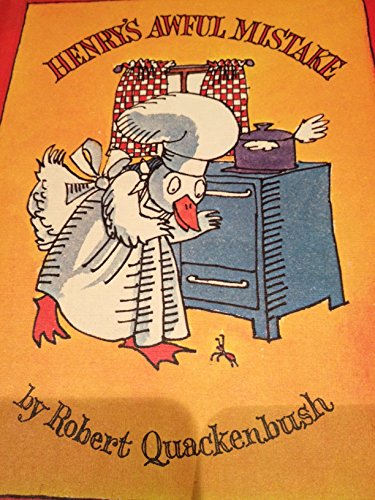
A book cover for Henry's Awful Mistake; Robert M. Quackenbush; Children's Books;